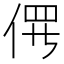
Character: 𫢱